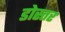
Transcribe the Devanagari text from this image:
डोस्तर